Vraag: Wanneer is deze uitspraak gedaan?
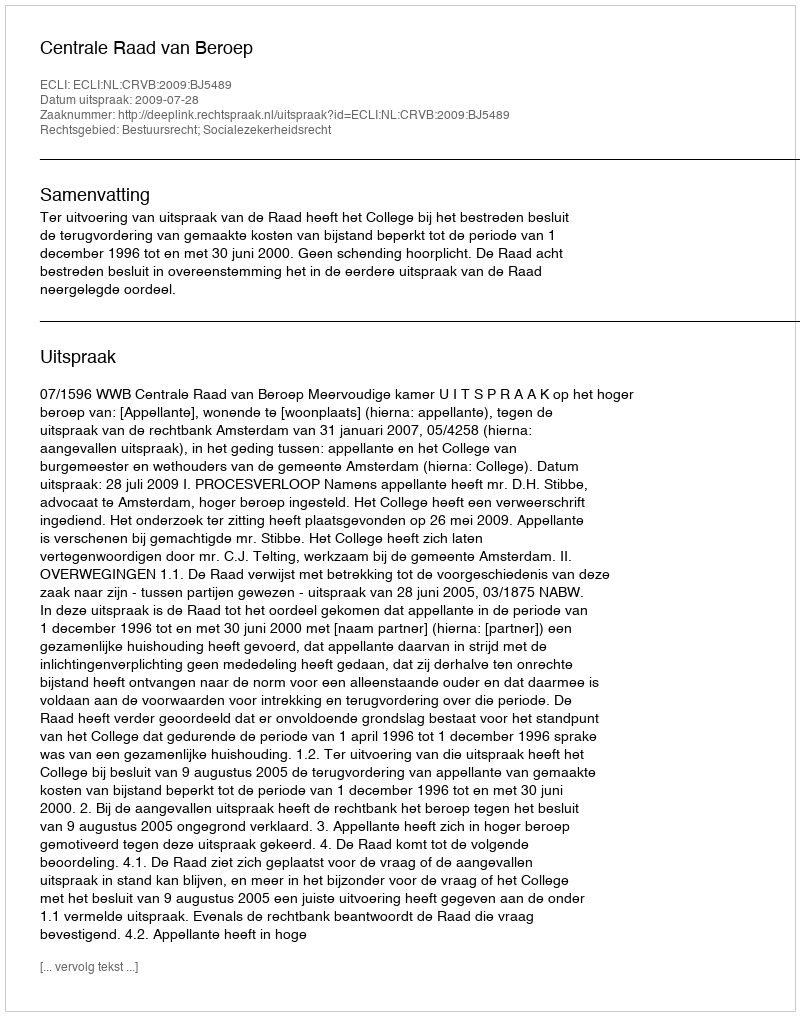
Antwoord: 2009-07-28